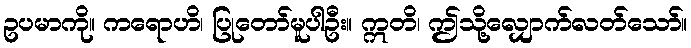
ဥပမာကို။ ကရောဟိ၊ ပြုတော်မူပါဦး။ ဣတိ၊ ဤသို့လျှောက်လတ်သော်။